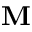
\mathbf { M }